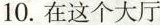
10.在这个大厅